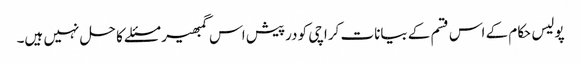
پولیس حکام کے اس قسم کے بیانات کراچی کو درپیش اس گمبھیر مسئلے کا حل نہیں ہیں۔